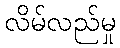
လိမ်လည်မှု